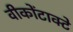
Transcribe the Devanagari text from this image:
वीकोंटाक्टे